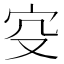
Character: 𡧔